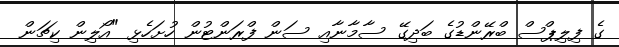
ގެ ފިލިޕްސް ބްރޭންޑުގެ ބަދިގޭ ސާމާނާއި ސަން ފްރަންޓުން ހުށަހެޅި "އޯލިން ކިޗަން